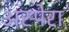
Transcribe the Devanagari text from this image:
अस्पेरा